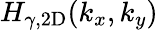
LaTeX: H_{\gamma,\mathrm{2D}}(k_{x},k_{y})